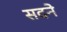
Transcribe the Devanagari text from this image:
सदने